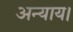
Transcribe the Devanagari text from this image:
अन्याय।